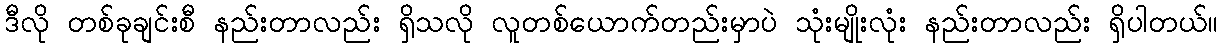
ဒီလို တစ်ခုချင်းစီ နည်းတာလည်း ရှိသလို လူတစ်ယောက်တည်းမှာပဲ သုံးမျိုးလုံး နည်းတာလည်း ရှိပါတယ်။